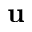
\mathbf { u }